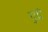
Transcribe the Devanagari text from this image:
गुद्रे